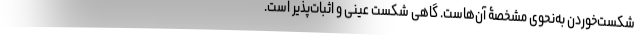
شکست‌خوردن به‌نحوی مشخصۀ آن‌هاست. گاهی شکستْ عینی و اثبات‌پذیر است.